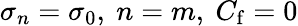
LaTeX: \sigma_{n}=\sigma_{0},\ n=m,\ C_{\mathrm{f}}=0